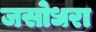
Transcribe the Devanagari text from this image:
जसोधरा